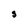
Character: S